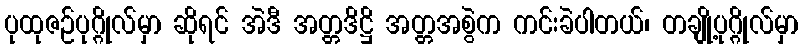
ပုထုဇဉ်ပုဂ္ဂိုလ်မှာ ဆိုရင် အဲဒီ အတ္တဒိဋ္ဌိ အတ္တအစွဲက ကင်းခဲပါတယ်၊ တချို့ပုဂ္ဂိုလ်မှာ